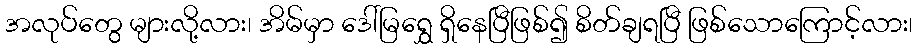
အလုပ်တွေ များလို့လား၊ အိမ်မှာ ဒေါ်မြရွှေ ရှိနေပြီဖြစ်၍ စိတ်ချရပြီ ဖြစ်သောကြောင့်လား၊